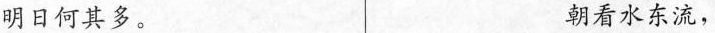
明日何其多。 朝看水东流，